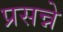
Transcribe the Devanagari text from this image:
प्रसन्ने